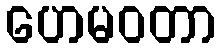
ဟေမဝတာ